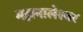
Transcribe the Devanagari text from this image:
महानालेश्वर